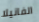
الفانيلا